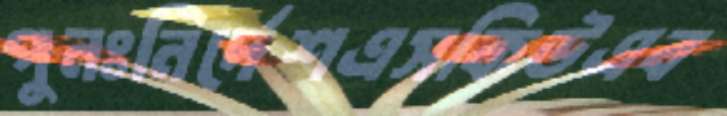
পুনঃনির্দেশএসকিউএব